system: You are a helpful assistant.
user:
Analyze the provided spectrum to determine if it is a **M-type Giant (gM)**.

A M-type Giant spectrum is defined by its **strong molecular absorption** features, particularly from **Titanium Oxide (TiO)**. You must check for one of the following mutually exclusive signatures:

- **Key Visual Indicators (Absorption-Dominated Spectrum):**

    - **(Primary):** The spectrum is dominated by strong molecular absorption from **Titanium Oxide (TiO)**. This is the **defining feature** of its M-type temperature class.
        - **(Key Bandheads):** Look for sharp, "saw-tooth" absorption valleys. The strongest are located near **~7050 Å**, **~6160 Å**, and **~5170 Å**.
        - **(Line Profile):** The "saw-tooth" morphology is critical: a **sharp, steep drop on the BLUE (short-wavelength) side** of the bandhead, followed by a gradual recovery (rising flux) towards the RED (long-wavelength) side.

    - **(Key Confirmation - Giant vs. Dwarf):** **ABSENCE** of strong **Calcium Hydride (CaH)** molecular bands. This is the primary diagnostic for *excluding* M-dwarfs.
        - **(Key Region):** The spectrum should lack the strong, broad absorption band seen in dwarfs between **~6800 Å and ~7000 Å**.

    - **(Secondary Confirmation - Giant):** A very strong and broad **Neutral Calcium (Ca I)** atomic absorption line.
        - **(Key Line):** Located at **~4226 Å**. In a giant (gM), this line is significantly deeper and broader than the same line in an M-dwarf (dM) due to low surface gravity.

    - **(Overall Spectrum):**
        - The continuum is **extremely red-sloping** (i.e., flux is very low in the blue and rises dramatically towards the red).
        - The entire spectrum appears "chopped up" by the deep TiO bands.

Think first, call **spectral_visualization_tool** if needed to examine features in detail, then provide your final answer. Your response must adhere to the following strict rules:
1.  **Overall Structure:** Your response must follow the format `<think>...</think> <tool_call>...</tool_call> (if a tool is used) <answer>...</answer>`.
2.  **Tool Usage Constraint:** You may only make **one** tool call per turn.
3.  **Final Answer Format:** In the `<answer>` tag, your conclusion must be inside a `\boxed{}` command (e.g., `\boxed{YES}` or `\boxed{NO}`), followed by your justification.

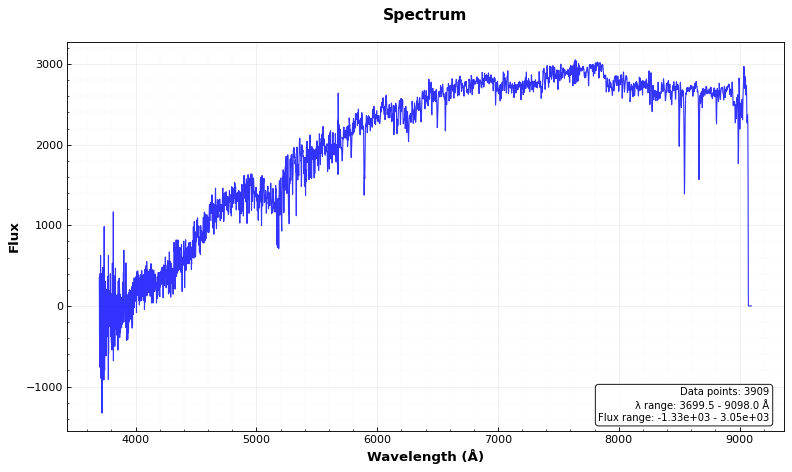
Answer: NO